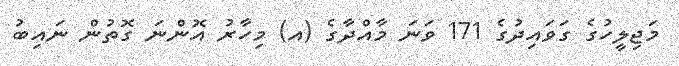
މަޖިލީހުގެ ގަވައިދުގެ 171 ވަނަ މާއްދާގެ (އ) މިހާރު އޮންނަ ގޮތުން ނައިބު